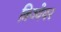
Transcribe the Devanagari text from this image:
त्रिज्येवर